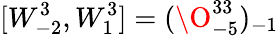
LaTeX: [W_{-2}^{3},W_{1}^{3}]=(\O_{-5}^{33})_{-1}